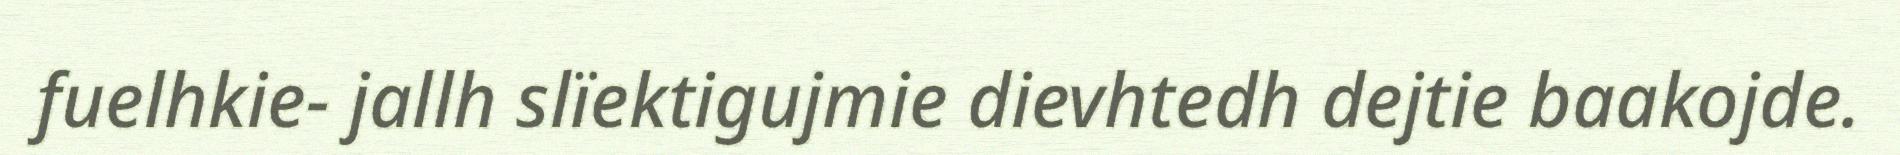
fuelhkie- jallh slïektigujmie dievhtedh dejtie baakojde.